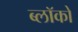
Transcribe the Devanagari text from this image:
ब्लॉको